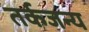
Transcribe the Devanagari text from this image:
तर्कजन्य